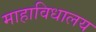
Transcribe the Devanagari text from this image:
माहाविधालय